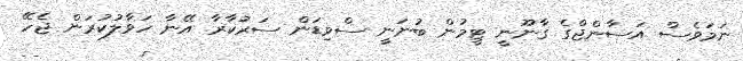
ނަމަވެސް އަސާންޖްގެ ގާނޫނީ ޓީމުން ބުނަނީ ސްވިޑަން ސަރުކާރާ އޭނާ ހަވާލުކުރަން ޖެހޭ